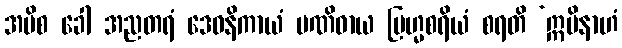
အပိစ ခေါ အညတရံ ဒေဝနိကာယံ ပဏိဓာယ ဗြဟ္မစရိယံ စရတိ ‘ဣမိနာဟံ